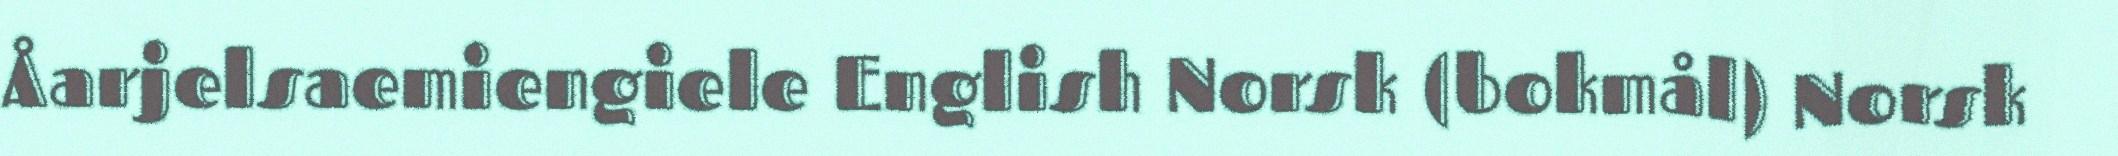
Åarjelsaemiengiele English Norsk (bokmål) Norsk